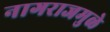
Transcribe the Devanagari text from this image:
नागराजमुळे